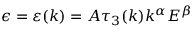
\epsilon = \varepsilon ( k ) = A \tau _ { 3 } ( k ) k ^ { \alpha } E ^ { \beta }